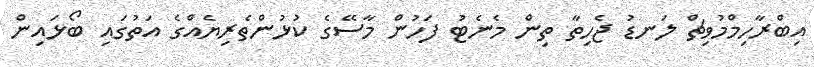
އިބްރާހިމްމުވިޗް ލަނޑު ޖެހިތާ ތިން މެނެޓު ފަހުން މާސޭގެ ކުޅުންތެރިޔެއްގެ އަތުގައި ބޯޅައިން